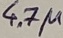
Text: 4.7µ